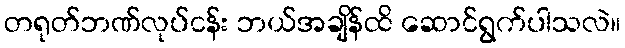
တရုတ်ဘဏ်လုပ်ငန်း ဘယ်အချိန်ထိ ဆောင်ရွက်ပါသလဲ။